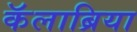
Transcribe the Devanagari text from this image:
कॅलाब्रिया